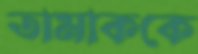
তামাককে